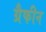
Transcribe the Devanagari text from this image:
ग्रैफीन